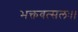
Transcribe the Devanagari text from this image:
भक्तवत्सलः।।